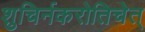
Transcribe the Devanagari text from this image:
शुचिर्नकरोतिचेत्